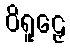
ဝိရူဠှေ